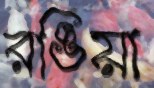
রঙিয়া